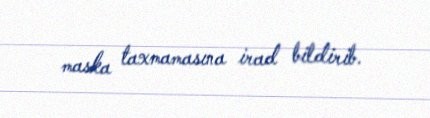
maska taxmamasına irad bildirib.